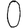
Digit: 0